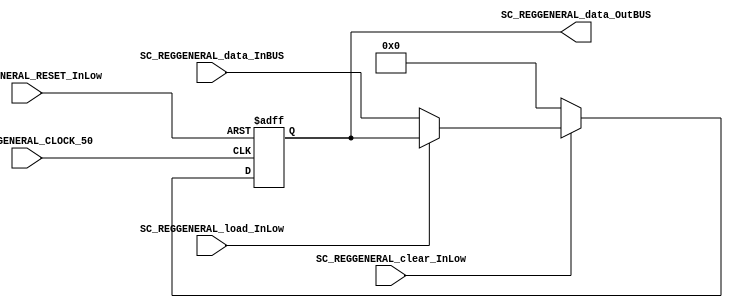
//#######/*######################################################################
//#	G0B1T: HDL EXAMPLES. 2018.
//######################################################################

//=======================================================
//  MODULE Definition
//=======================================================

module SC_REGGENERAL #(parameter REGGENERAL_DATAWIDTH=8)
(
	//////////// INPUTS //////////
	SC_REGGENERAL_CLOCK_50,
	SC_REGGENERAL_RESET_InLow,
	SC_REGGENERAL_clear_InLow, 
	SC_REGGENERAL_load_InLow, 
	SC_REGGENERAL_data_InBUS,
	
	//////////// OUTPUTS //////////
	SC_REGGENERAL_data_OutBUS
);
//=======================================================
//  PARAMETER declarations
//=======================================================

//=======================================================
//  PORT declarations
//=======================================================
output wire[REGGENERAL_DATAWIDTH-1:0]	SC_REGGENERAL_data_OutBUS;
input		SC_REGGENERAL_CLOCK_50;
input		SC_REGGENERAL_RESET_InLow;
input		SC_REGGENERAL_clear_InLow;
input		SC_REGGENERAL_load_InLow;	
input		[REGGENERAL_DATAWIDTH-1:0]	SC_REGGENERAL_data_InBUS;

//=======================================================
//  REG/WIRE declarations
//=======================================================
reg [REGGENERAL_DATAWIDTH-1:0] REGGENERAL_Register;
reg [REGGENERAL_DATAWIDTH-1:0] REGGENERAL_Signal;
//=======================================================
//  Structural coding
//=======================================================
//INPUT LOGIC: COMBINATIONAL
always @(*)
begin
	if (SC_REGGENERAL_clear_InLow == 1'b0)
		REGGENERAL_Signal = 8'b00000000;
	else if (SC_REGGENERAL_load_InLow == 1'b0)
		REGGENERAL_Signal = SC_REGGENERAL_data_InBUS;
	else
		REGGENERAL_Signal = REGGENERAL_Register;
	end	
	
	
//STATE REGISTER: SEQUENTIAL
always @(posedge SC_REGGENERAL_CLOCK_50, negedge SC_REGGENERAL_RESET_InLow)
begin
	if (SC_REGGENERAL_RESET_InLow == 1'b0)
		REGGENERAL_Register <= 8'b00000000;
	else
		REGGENERAL_Register <= REGGENERAL_Signal;
end
//=======================================================
//  Outputs
//=======================================================
//OUTPUT LOGIC: COMBINATIONAL
assign SC_REGGENERAL_data_OutBUS = REGGENERAL_Register;

endmodule